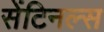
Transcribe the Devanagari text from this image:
सेंटिनल्स